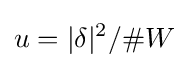
u=|\delta |^{2}/\#W